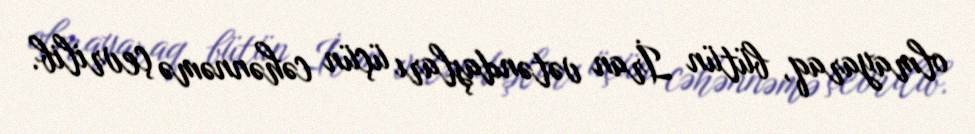
olmayaraq, bütün İran vətəndaşları üçün cəhənnəmə çevrilib.